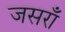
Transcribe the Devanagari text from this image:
जसराँ